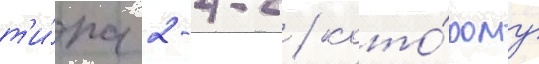
т'и́па 2-4-2 / кото́рому